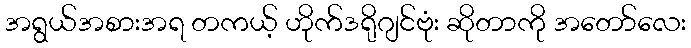
အရွယ်အစားအရ တကယ့် ဟိုက်ဒရိုဂျင်ဗုံး ဆိုတာကို အတော်လေး